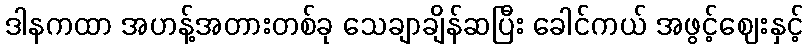
ဒါနကထာ အဟန့်အတားတစ်ခု သေချာချိန်ဆပြီး ခေါင်ကယ် အဖွင့်ဈေးနှင့်